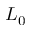
L _ { 0 }